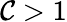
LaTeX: \mathcal{C}>1